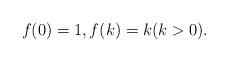
LaTeX: \begin{align*}f(0) = 1, f(k) = k (k > 0).\end{align*}